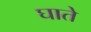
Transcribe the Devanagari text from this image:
घाते